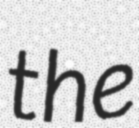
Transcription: the